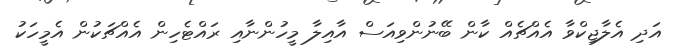
އަދި އެލާޖިކްވާ އެއްޗެއް ކާން ބޭނުންވިއަސް އާއިލާ މީހުންނާއި ރައްޓެހިން އެއްޗަކުން އެމީހަކު